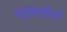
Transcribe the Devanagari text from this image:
राष्ट्रवादीयों